画像に写った文字を読んでください
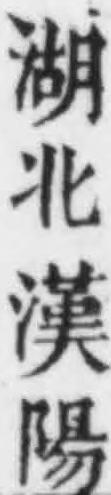
「湖北漢陽」と書いてあります